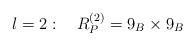
LaTeX: \begin{align*}l=2:\quad R_P^{(2)}=9_B\times 9_B \end{align*}